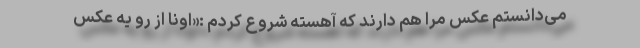
می‌دانستم عکس مرا هم دارند که آهسته شروع کردم :«اونا از رو یه عکس